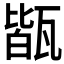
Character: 𤭧